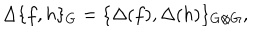
LaTeX: \Delta \{ f , h \} _ { G } = \{ \Delta ( f ) , \Delta ( h ) \} _ { G \otimes G } ,